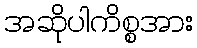
အဆိုပါကိစ္စအား